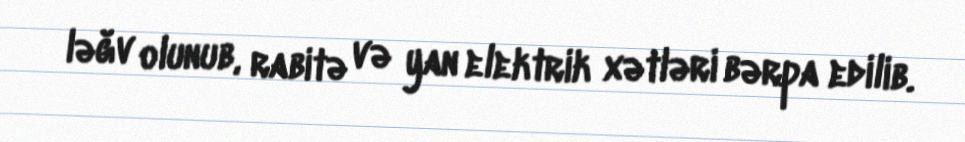
ləğv olunub, rabitə və yan elektrik xətləri bərpa edilib.